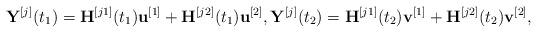
LaTeX: \begin{align*}{{\bf{Y}}^{[j]}}({t_1}) = {{\bf{H}}^{[j1]}}({t_1}){{\bf{u}}^{[1]}} + {{\bf{H}}^{[j2]}}({t_1}){{\bf{u}}^{[2]}},{{\bf{Y}}^{[j]}}({t_2}) = {{\bf{H}}^{[j1]}}({t_2}){{\bf{v}}^{[1]}} + {{\bf{H}}^{[j2]}}({t_2}){{\bf{v}}^{[2]}},\end{align*}